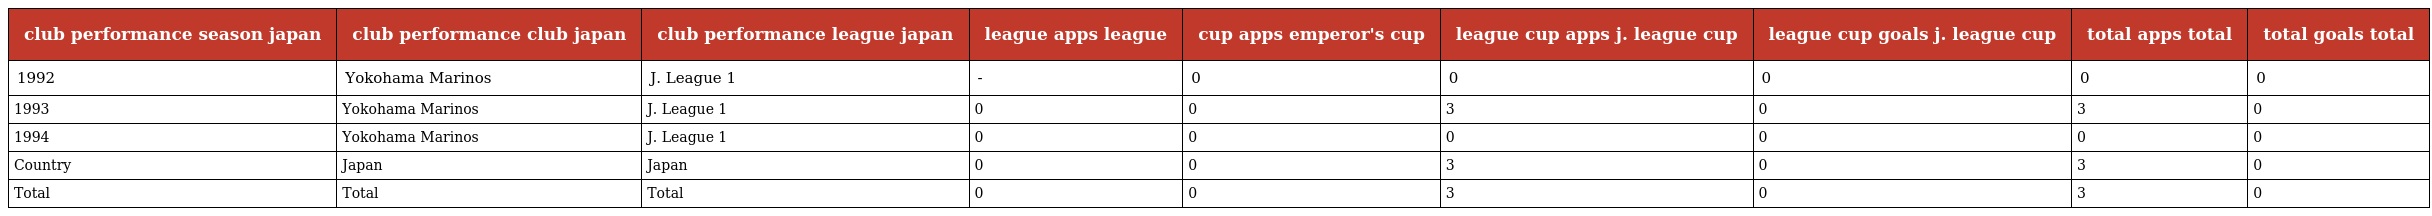
| club performance season japan | club performance club japan | club performance league japan | league apps league | cup apps emperor's cup | league cup apps j. league cup | league cup goals j. league cup | total apps total | total goals total |
 | --- | --- | --- | --- | --- | --- | --- | --- | --- |
 | 1992 | Yokohama Marinos | J. League 1 | - | 0 | 0 | 0 | 0 | 0 |
 | 1993 | Yokohama Marinos | J. League 1 | 0 | 0 | 3 | 0 | 3 | 0 |
 | 1994 | Yokohama Marinos | J. League 1 | 0 | 0 | 0 | 0 | 0 | 0 |
 | Country | Japan | Japan | 0 | 0 | 3 | 0 | 3 | 0 |
 | Total | Total | Total | 0 | 0 | 3 | 0 | 3 | 0 |